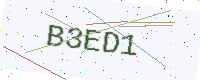
Text: B3ED1